Report on horse surra - Volume I
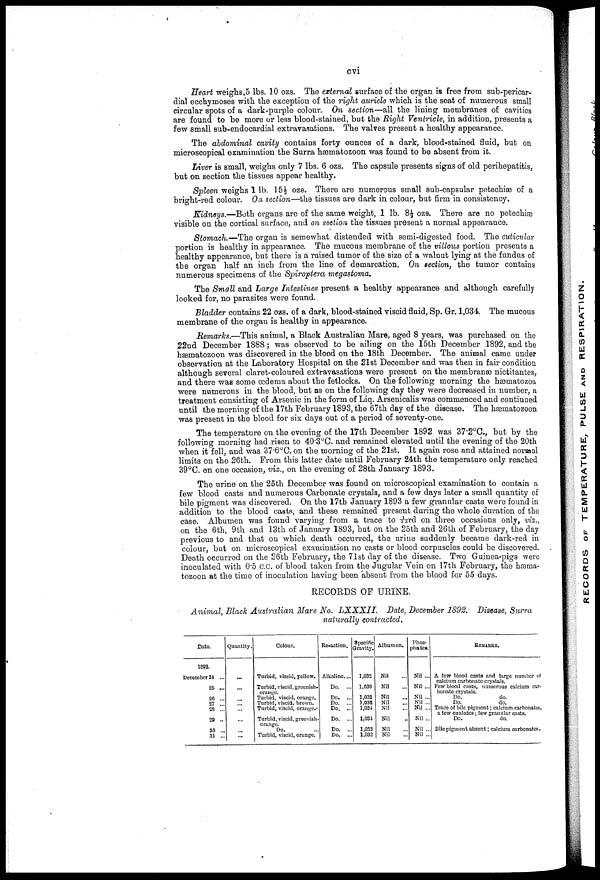
cvi
Heart weighs,5 lbs. 10 ozs. The external surface of the organ is free from sub-pericar-
dial ecchymoses with the exception of the right auricle which is the seat of numerous small
circular spots of a dark-purple colour. On section—all the lining membranes of cavities
are found to be more or less blood-stained, but the Right Ventricle, in addition, presents a
few small sub-endocardial extravasations. The valves present a healthy appearance.
The abdominal cavity contains forty ounces of a dark, blood-stained fluid, but on
microscopical examination the Surra hæmatozoon was found to be absent from it.
Liver is small, weighs only 7 lbs. 6 ozs. The capsule presents signs of old perihepatitis,
but on section the tissues appear healthy.
Spleen weighs 1 lb. 15½ ozs. There are numerous small sub-capsular petechiæ of a
bright-red colour. On section—the tissues are dark in colour, but firm in consistency.
Kidneys.—Both organs are of the same weight, 1 lb. 8½ ozs. There are no petechiæ
visible on the cortical surface, and on section the tissues present a normal appearance.
Stomach.—The organ is somewhat distended with semi-digested food. The cuticular
portion is healthy in appearance. The mucous membrane of the villous portion presents a
healthy appearance, but there is a raised tumor of the size of a walnut lying at the fundus of
the organ half an inch from the line of demarcation. On section, the tumor contains
numerous specimens of the Spiroptera megastoma.
The Small and Large Intestines present a healthy appearance and although carefully
looked for, no parasites were found.
Bladder contains 22 ozs. of a dark, blood-stained viscid fluid, Sp. Gr. 1,034. The mucous
membrane of the organ is healthy in appearance.
Remarks.—This animal, a Black Australian Mare, aged 8 years, was purchased on the
22nd December 1888; was observed to be ailing on the 15th December 1892, and the
hæmatozoon was discovered in the blood on the 18th December. The animal came under
observation at the Laboratory Hospital on the 21st December and was then in fair condition
although several claret-coloured extravasations were present on the membranæ nictitantes,
and there was some œdema about the fetlocks. On the following morning the hæmatozoa
were numerous in the blood, but as on the following day they were decreased in number, a
treatment consisting of Arsenic in the form of Liq. Arsenicalis was commenced and continued
until the morning of the 17th February 1893, the 67th day of the disease. The hæmatozoon
was present in the blood for six days out of a period of seventy-one.
The temperature on the evening of the 17th December 1892 was 37.2°C, but by the
following morning had risen to 40.3°C. and remained elevated until the evening of the 20th
when it fell, and was 37.6°C. on the morning of the 21st. It again rose and attained normal
limits on the 26th. From this latter date until February 24th the temperature only reached
39°C. on one occasion, viz., on the evening of 28th January 1893.
The urine on the 25th December was found on microscopical examination to contain a
few blood casts and numerous Carbonate crystals, and a few days later a small quantity of
bile pigment was discovered. On the 17th January 1893 a few granular casts were found in
addition to the blood casts, and these remained present during the whole duration of the
case. Albumen was found varying from a trace to 1/33rd on three occasions only, viz.,
on the 6th, 9th and 13th of January 1893, but on the 25th and 26th of February, the clay
previous to and that on which death occurred, the urine suddenly became dark-red in
colour, but on microscopical examination no casts or blood corpuscles could be discovered.
Death occurred on the 26th February, the 71st day of the disease. Two Guinea-pigs were
inoculated with 0.5 c.c. of blood taken from the Jugular Vein on 17th February, the hæma-
tozoon at the time of inoculation having been absent from the blood for 55 days.
RECORDS OF URINE.
Animal, Black Australian Mare No. LXXXIL
Date, December 1892. Disease, Surra
naturally contracted,
Date.
1892.
December 24 ...
25 ...
26 ...
27 ...
28 ...
29 ..
30 ...
31 ...
Quantity.
...
...
...
...
...
...
...
...
Colour.
Turbid, viscid, yellow.
Turbid, viscid, greenish-
orange.
Turbid, viscid, orange.
Turbid, viscid, brown.
Turbid, viscid, orange.-
Turbid, viscid, greenish-
orange.
Do.
Turbid, viscid, orange.
Re-action.
Alkaline. ...
Do. ...
Do. ...
Do. ...
Do. ...
Do. ...
Do. ...
Do. ...
Specific
Gravity.
1,032
1,030
1,032
1,038
1,031
1,031
1,032
1,032
Albumen.
Nil
Nil
Nil
Nil
Nil
Nil
Nil
Nil
phos-'
phates.
Nil ...
Nil ...
Nil ...
Nil ...
Nil ...
Nil ...
Nil ...
Nil ...
REMARKS.
A few blood casta and large number of
calcium carbonate crystals.
Few blood casts, numerous calcium car-
bonate crystals.
Do.
do.
Do.
do.
Trace of bile pigment; calcium carbonates,
a few oxalates; few granular casts.
Do.
do.
Bile pigment absent; calcium carbonates.